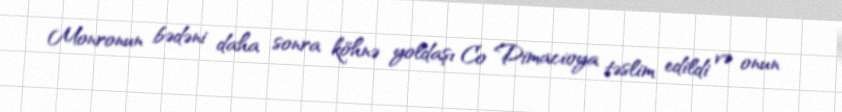
Monronun bədəni daha sonra köhnə yoldaşı Co Dimacioya təslim edildi və onun